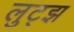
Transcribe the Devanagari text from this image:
लुट्झ